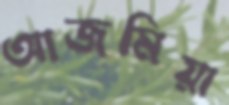
আজমিয়া